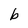
Character: b